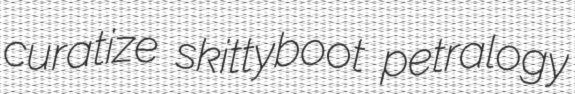
curatize skittyboot petralogy